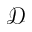
\mathcal { D }